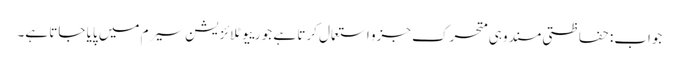
جواب: حفاظتی مسند وہی متحرک جزو استعمال کرتا ہے جو رییوٹلائزیشن سیرم میں پایا جاتا ہے۔